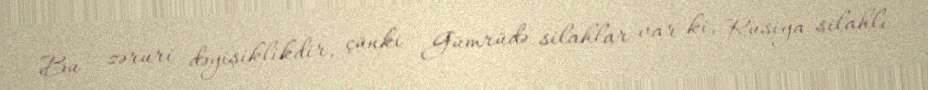
Bu - zəruri dəyişiklikdir, çünki Gümrüdə silahlar var ki, Rusiya silahlı